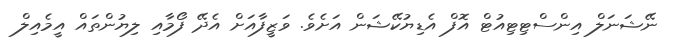
ނޭޝަނަލް އިންސްޓިޓިއުޓް އޮފް އެޑިޔުކޭޝަން އަށެވެ. ވަޒީފާއަށް އެދޭ ފޯމާއި ލިޔުންތައް އީމެއިލް